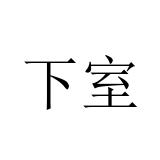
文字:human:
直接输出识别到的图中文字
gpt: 下室